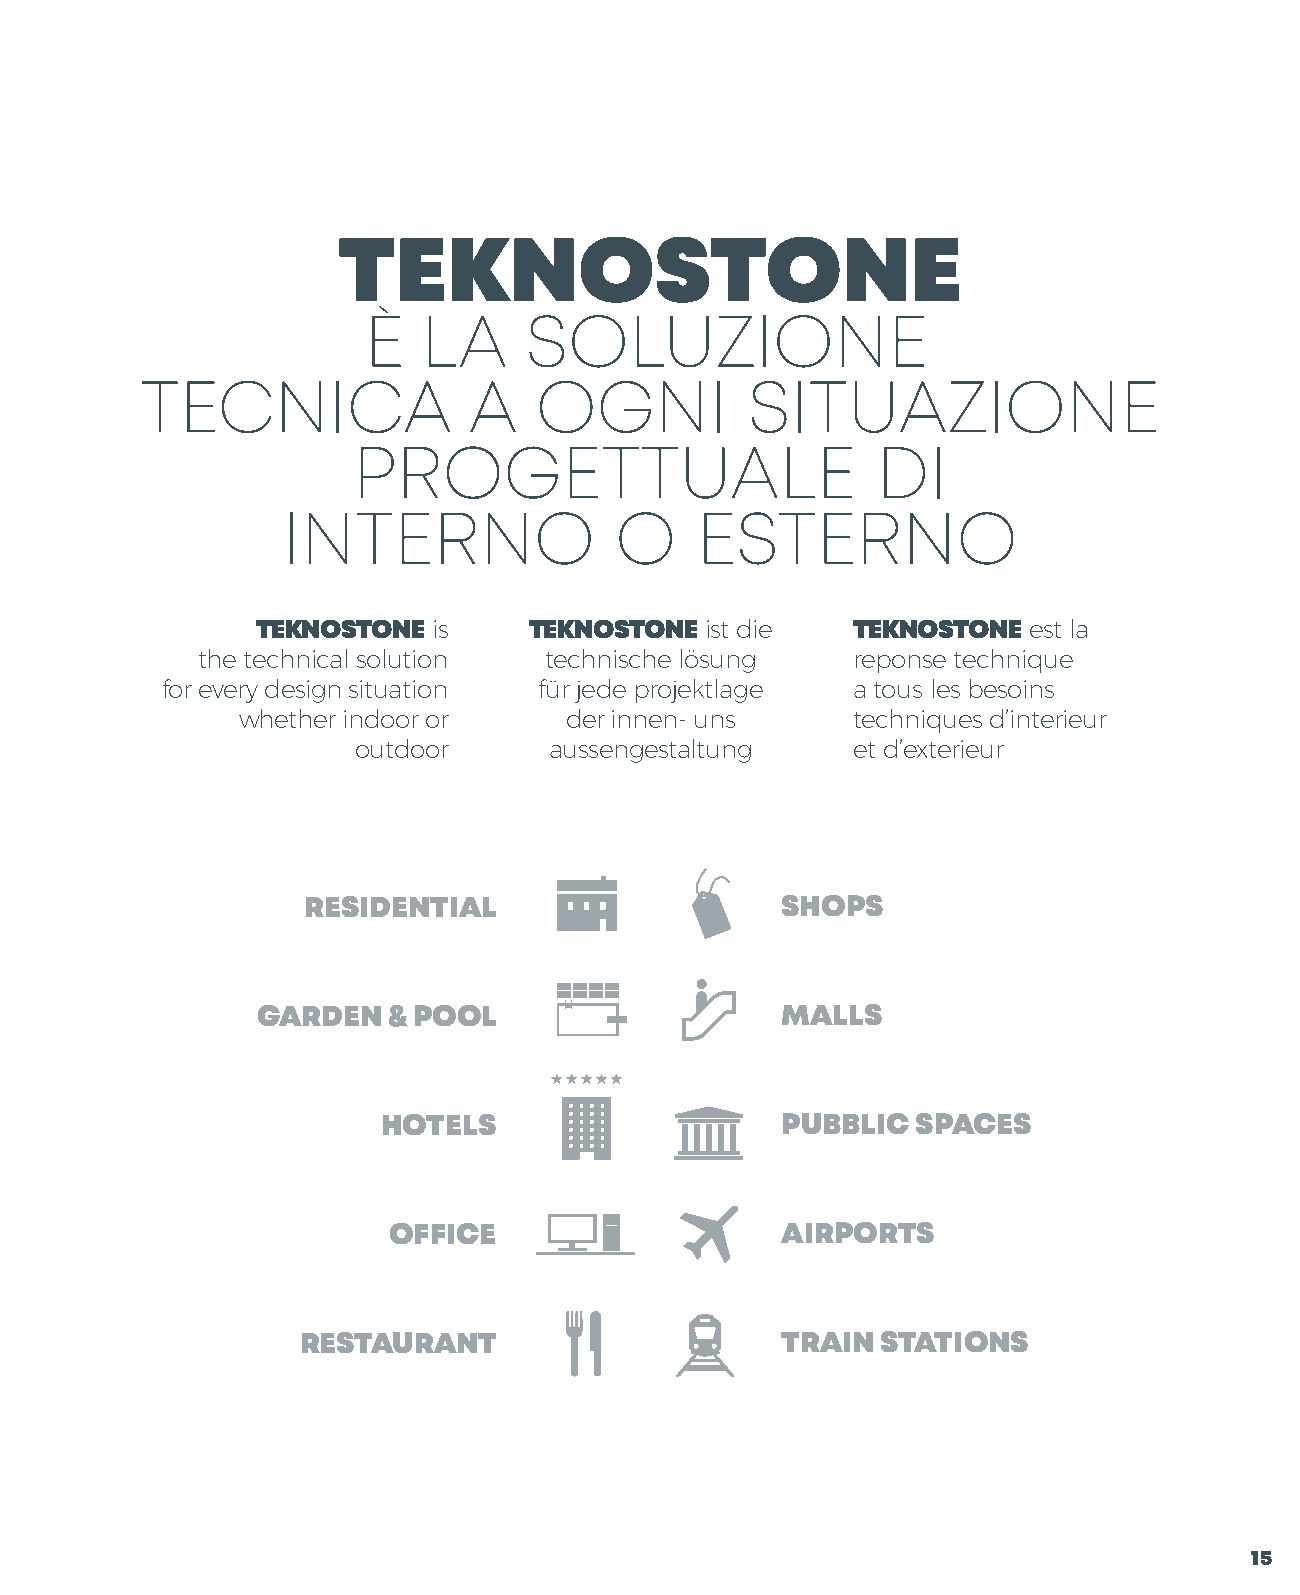
TEKNOSTONE
 LA     SOLUZIONE
 TECNICA               A   OGNI          SITUAZIONE
 PROGETTUALE                        DI
 INTERNO               O    ESTERNO
 TEKNOSTONE  is    TEKNOSTONE  ist die  TEKNOSTONE  est la
 the technical solution technische lösung   reponse technique
 for every design situation für jede projektlage a tous les besoins
 whether indoor or    der innen- uns     techniques d’interieur
 outdoor      aussengestaltung    et d’exterieur
 RESIDENTIAL                     SHOPS
 GARDEN   & POOL                    MALLS
 HOTELS                     PUBBLIC  SPACES
 OFFICE                    AIRPORTS
 RESTAURANT                      TRAIN STATIONS
 15